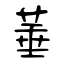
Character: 菙